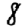
Digit: 8